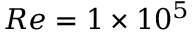
R e = 1 \times 1 0 ^ { 5 }